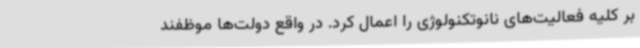
بر کلیه فعالیت‌های نانوتکنولوژی را اعمال کرد. در واقع دولت‌ها موظفند